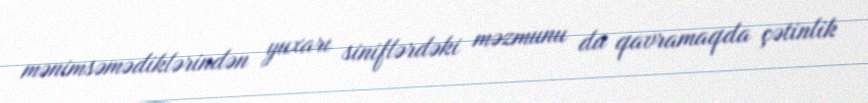
mənimsəmədiklərindən yuxarı siniflərdəki məzmunu da qavramaqda çətinlik